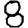
Digit: 8